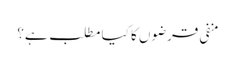
منفی قرضوں کا کیا مطلب ہے؟